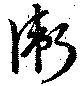
衛